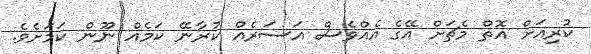
ކުރިއަށް އޮތް މެޗަށް އޭގެ އެއްވެސް އަސަރެއް ކުރާނޭ ކަމެއް ނޫން ކަމަށެވެ.